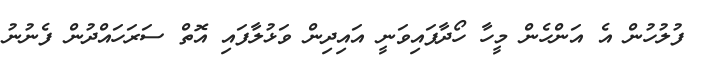
ފުލުހުން އެ އަންހެން މީހާ ހޯދާފައިވަނީ އައިދިން ވަޅުލާފައި އޮތް ސަރަހައްދުން ފެނުނު